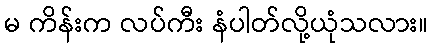
မ ကိန်းက လပ်ကီး နံပါတ်လို့ယုံသလား။